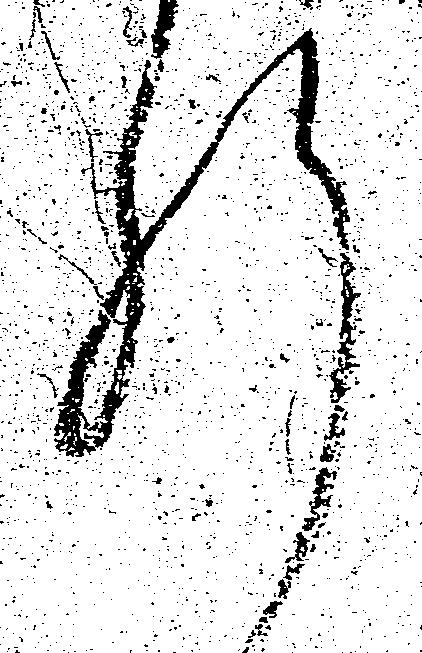
肝